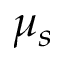
\mu _ { s }